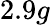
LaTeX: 2.9g